Report on vaccination North-West Frontier Province 1904-1922 - 1904-1922
Year: 1904
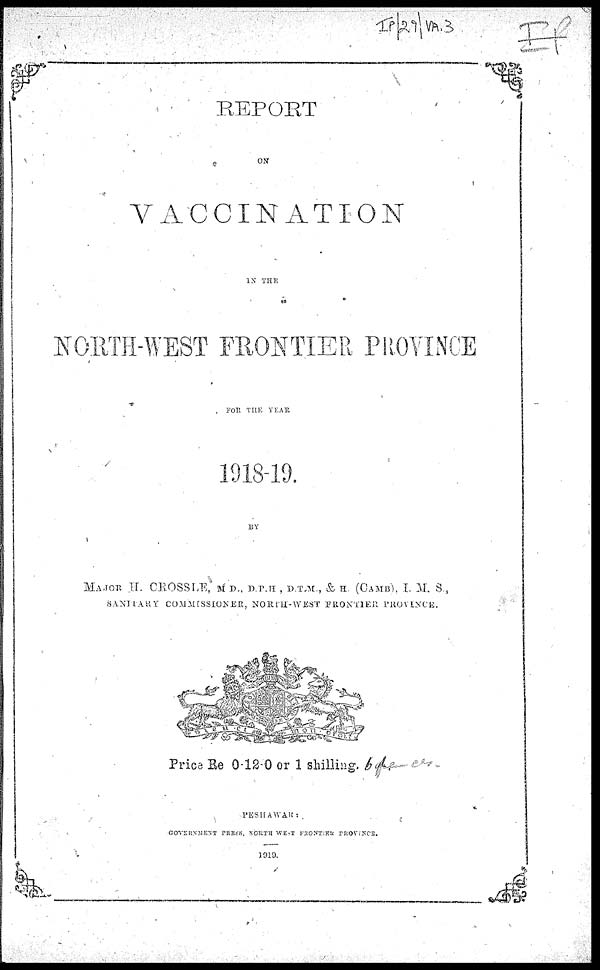
REPORT
ON
VACCINATION
IN THE
NORTH-WEST FRONTIER PROVINCE
FOR THE YEAR
1918-19.
BY
MAJOR H. CROSSLE, M.D., D.P.H , D.T.M., & H (CAMB), I. M. S.,
SANITARY COMMISSIONER, NORTH-WEST FRONTIER PROVINCE.
Price Re 0-12-0 or 1 shilling.
PESHAWAR:
GOVERNMENT PRESS, NORTH-WEST FRONTIER PROVINCE.
1919.